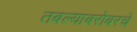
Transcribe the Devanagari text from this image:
तबल्याबरोबरचे